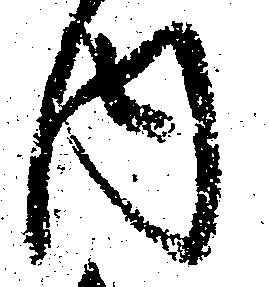
内